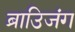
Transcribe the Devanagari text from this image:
ब्राउिजंग